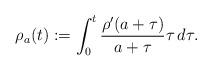
LaTeX: \begin{align*} \rho_a(t) &:= \int_0^t \frac{\rho'(a+\tau)}{a+\tau} \tau\,d\tau.\end{align*}